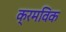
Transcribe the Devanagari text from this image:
क्रमविक